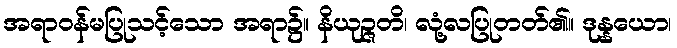
အရာဝန်မပြုသင့်သော အရာ၌။ နိယုဉ္ဇတိ၊ လုံ့လပြုတတ်၏။ ဒုန္နယော၊